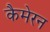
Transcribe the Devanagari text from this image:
कैमेरन